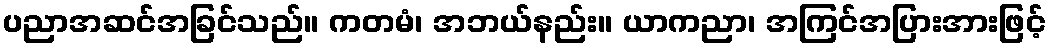
ပညာအဆင်အခြင်သည်။ ကတမံ၊ အဘယ်နည်း။ ယာကညာ၊ အကြင်အပြားအားဖြင့်